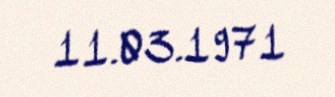
11.03.1971